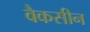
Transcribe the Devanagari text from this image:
वैकसीन